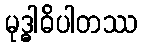
မုဒ္ဓါဓိပါတဿ